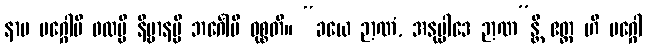
နာမ မဂ္ဂေါပိ ဖလမ္ပိ နိဗ္ဗာနမ္ပိ ဘင်္ဂေါပိ ဝုစ္စတိ။ “ခယေ ဉာဏံ, အနုပ္ပါဒေ ဉာဏ”န္တိ ဧတ္ထ ဟိ မဂ္ဂေါ